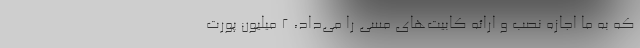
که به ما اجازه نصب و ارائه کابیت‌های مسی را می‌داد، ۲ میلیون پورت